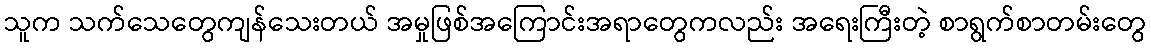
သူက သက်သေတွေကျန်သေးတယ် အမှုဖြစ်အကြောင်းအရာတွေကလည်း အရေးကြီးတဲ့ စာရွက်စာတမ်းတွေ